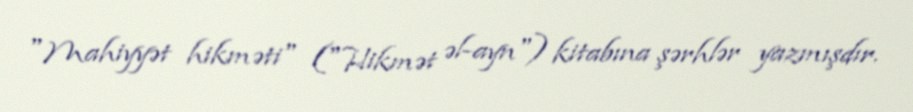
"Mahiyyət hikməti" ("Hikmət əl-ayn") kitabına şərhlər yazmışdır.